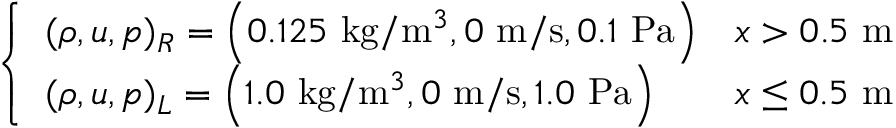
\left\{ \begin{array} { l l } { ( \rho , u , p ) _ { R } = \left( 0 . 1 2 5 \mathrm { ~ k g } / \mathrm { m } ^ { 3 } , 0 \mathrm { ~ m } / \mathrm { s } , 0 . 1 \mathrm { ~ P a } \right) } & { x > 0 . 5 \mathrm { ~ m } } \\ { ( \rho , u , p ) _ { L } = \left( 1 . 0 \mathrm { ~ k g } / \mathrm { m } ^ { 3 } , 0 \mathrm { ~ m } / \mathrm { s } , 1 . 0 \mathrm { ~ P a } \right) } & { x \leq 0 . 5 \mathrm { ~ m } } \end{array} \right.